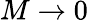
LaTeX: M\rightarrow 0